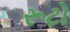
રૂટો